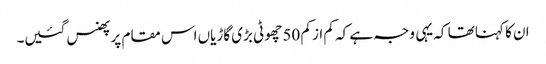
ان کا کہنا تھا کہ یہی وجہ ہے کہ کم از کم 50 چھوٹی بڑی گاڑیاں اس مقام پر پھنس گئیں۔